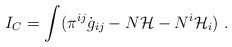
\begin{align*}I_C = \int ( \pi^{ij} \dot{g}_{ij} - N {\cal H} -N^{i}{\cal H}_i) \ .\end{align*}